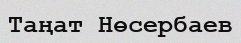
Таңат Нөсербаев